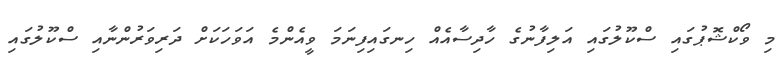
މި ވޯކްޝޮޕުގައި ސްކޫލުގައި އަލިފާނުގެ ހާދިސާއެއް ހިނގައިފިނަމަ ވީއެންމެ އަވަހަކަށް ދަރިވަރުންނާއި ސްކޫލުގައި